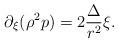
LaTeX: \begin{align*} \partial_{\xi} (\rho^2 p) = 2\frac{\Delta}{r^2} \xi. \end{align*}